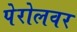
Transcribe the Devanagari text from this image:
पेरोलवर